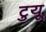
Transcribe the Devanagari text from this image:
टुयू